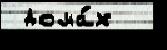
 дома́х